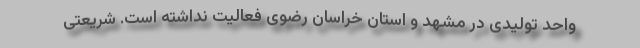
واحد تولیدی در مشهد و استان خراسان رضوی فعالیت نداشته است. شریعتی